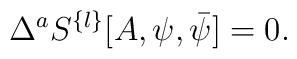
\Delta^a S^{\{l\}}[A,\psi,\bar\psi] = 0.